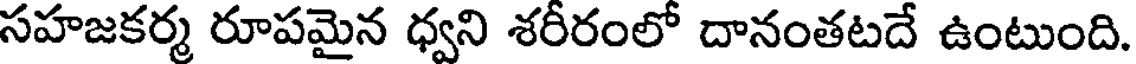
సహజకర్మ రూపమైన ధ్వని శరీరంలో దానంతటదే ఉంటుంది.